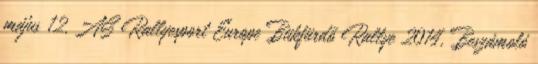
május 12. AS Rallyesport Europe Bükfürdő Rallye 2014, Beszámoló